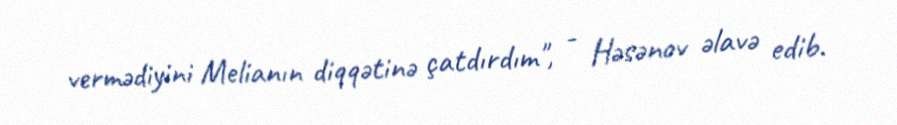
vermədiyini Melianın diqqətinə çatdırdım", - Həsənov əlavə edib.